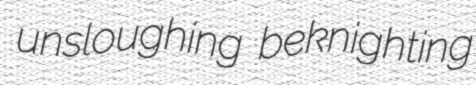
unsloughing beknighting